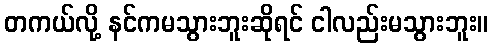
တကယ်လို့ နင်ကမသွားဘူးဆိုရင် ငါလည်းမသွားဘူး။